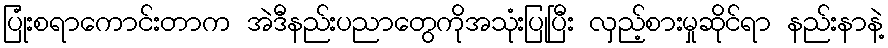
ပြုံးစရာကောင်းတာက အဲဒီနည်းပညာတွေကိုအသုံးပြုပြီး လှည့်စားမှုဆိုင်ရာ နည်းနာနဲ့